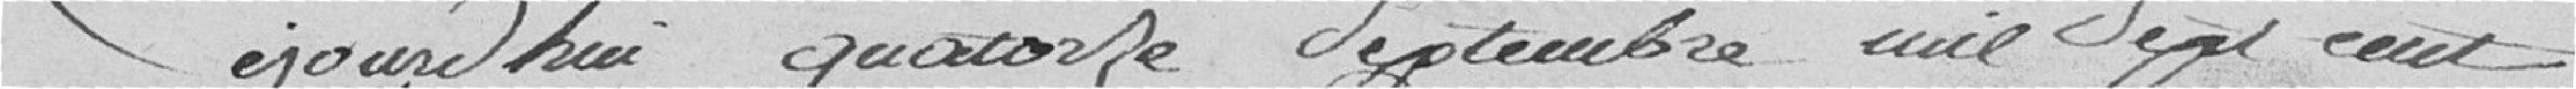
Cejourd'hui quatorze septembre mil sept cent